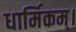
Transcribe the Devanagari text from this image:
धार्मिकम्‌।